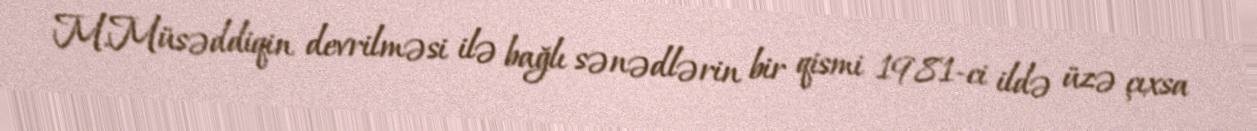
M.Müsəddiqin devrilməsi ilə bağlı sənədlərin bir qismi 1981-ci ildə üzə çıxsa